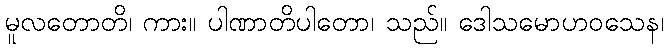
မူလတောတိ၊ ကား။ ပါဏာတိပါတော၊ သည်။ ဒေါသမောဟဝသေန၊